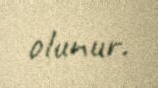
olunur.